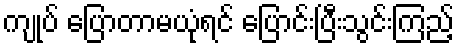
ကျုပ် ပြောတာမယုံရင် ပြောင်းပြီးသွင်းကြည့်